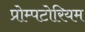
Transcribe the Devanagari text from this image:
प्रोम्पटोरियम